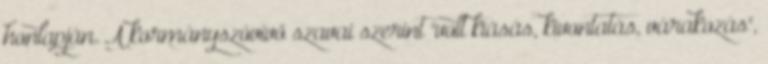
honlapján. A kormányszóvivő szavai szerint "volt kiásás, kivontatás, várakozás",